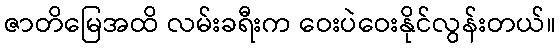
ဇာတိမြေအထိ လမ်းခရီးက ဝေးပဲဝေးနိုင်လွန်းတယ်။